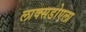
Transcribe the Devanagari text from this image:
लाक्सडोएला